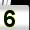
Digit: 5